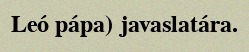
Leó pápa) javaslatára.